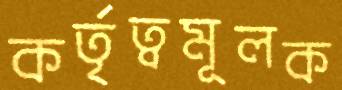
কর্তৃত্বমূলক